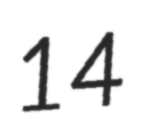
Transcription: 14